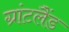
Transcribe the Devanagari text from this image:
ग्रांटलैंड